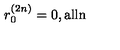
r _ { 0 } ^ { ( 2 n ) } = 0 , \mathrm { a l l n }